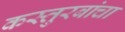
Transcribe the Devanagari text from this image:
कस्तुरबांचा